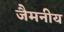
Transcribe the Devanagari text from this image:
जैमनीय